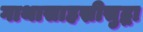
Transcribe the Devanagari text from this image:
गाथासाहस्रीसुद्धा